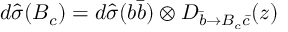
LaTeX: d \hat { \sigma } ( B _ { c } ) = d \hat { \sigma } ( b \bar { b } ) \otimes D _ { \bar { b } \rightarrow B _ { c } \bar { c } } ( z )